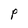
Character: P